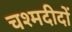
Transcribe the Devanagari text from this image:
चश्मदीदों